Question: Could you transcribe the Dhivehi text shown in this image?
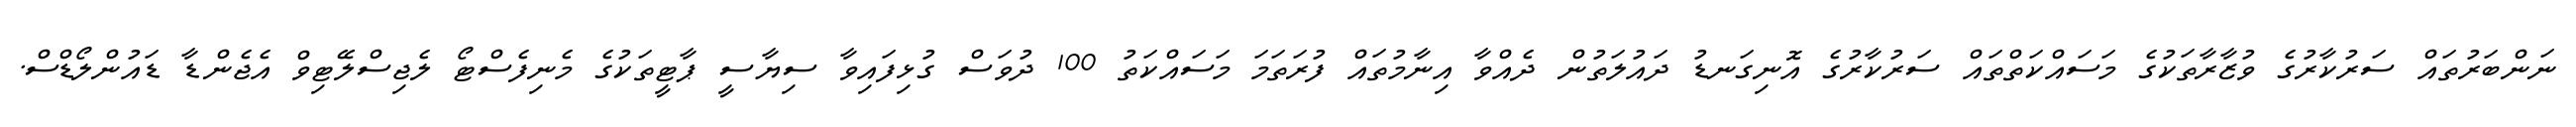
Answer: ނަންބަރުތައް ސަރުކާރުގެ ވުޒާރާތަކުގެ މަސައްކަތްތައް ސަރުކާރުގެ އޮނިގަނޑު ދައުލަތުން ދެއްވާ އިނާމުތައް ފުރަތަމަ މަސައްކަތު 100 ދުވަސް ގުޅިފައިވާ ސިޔާސީ ޕާޓީތަކުގެ މެނިފެސްޓޯ ލެޖިސްލޭޓިވް އެޖެންޑާ ޑައުންލޯޑްސް.